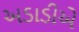
અડાડીએ